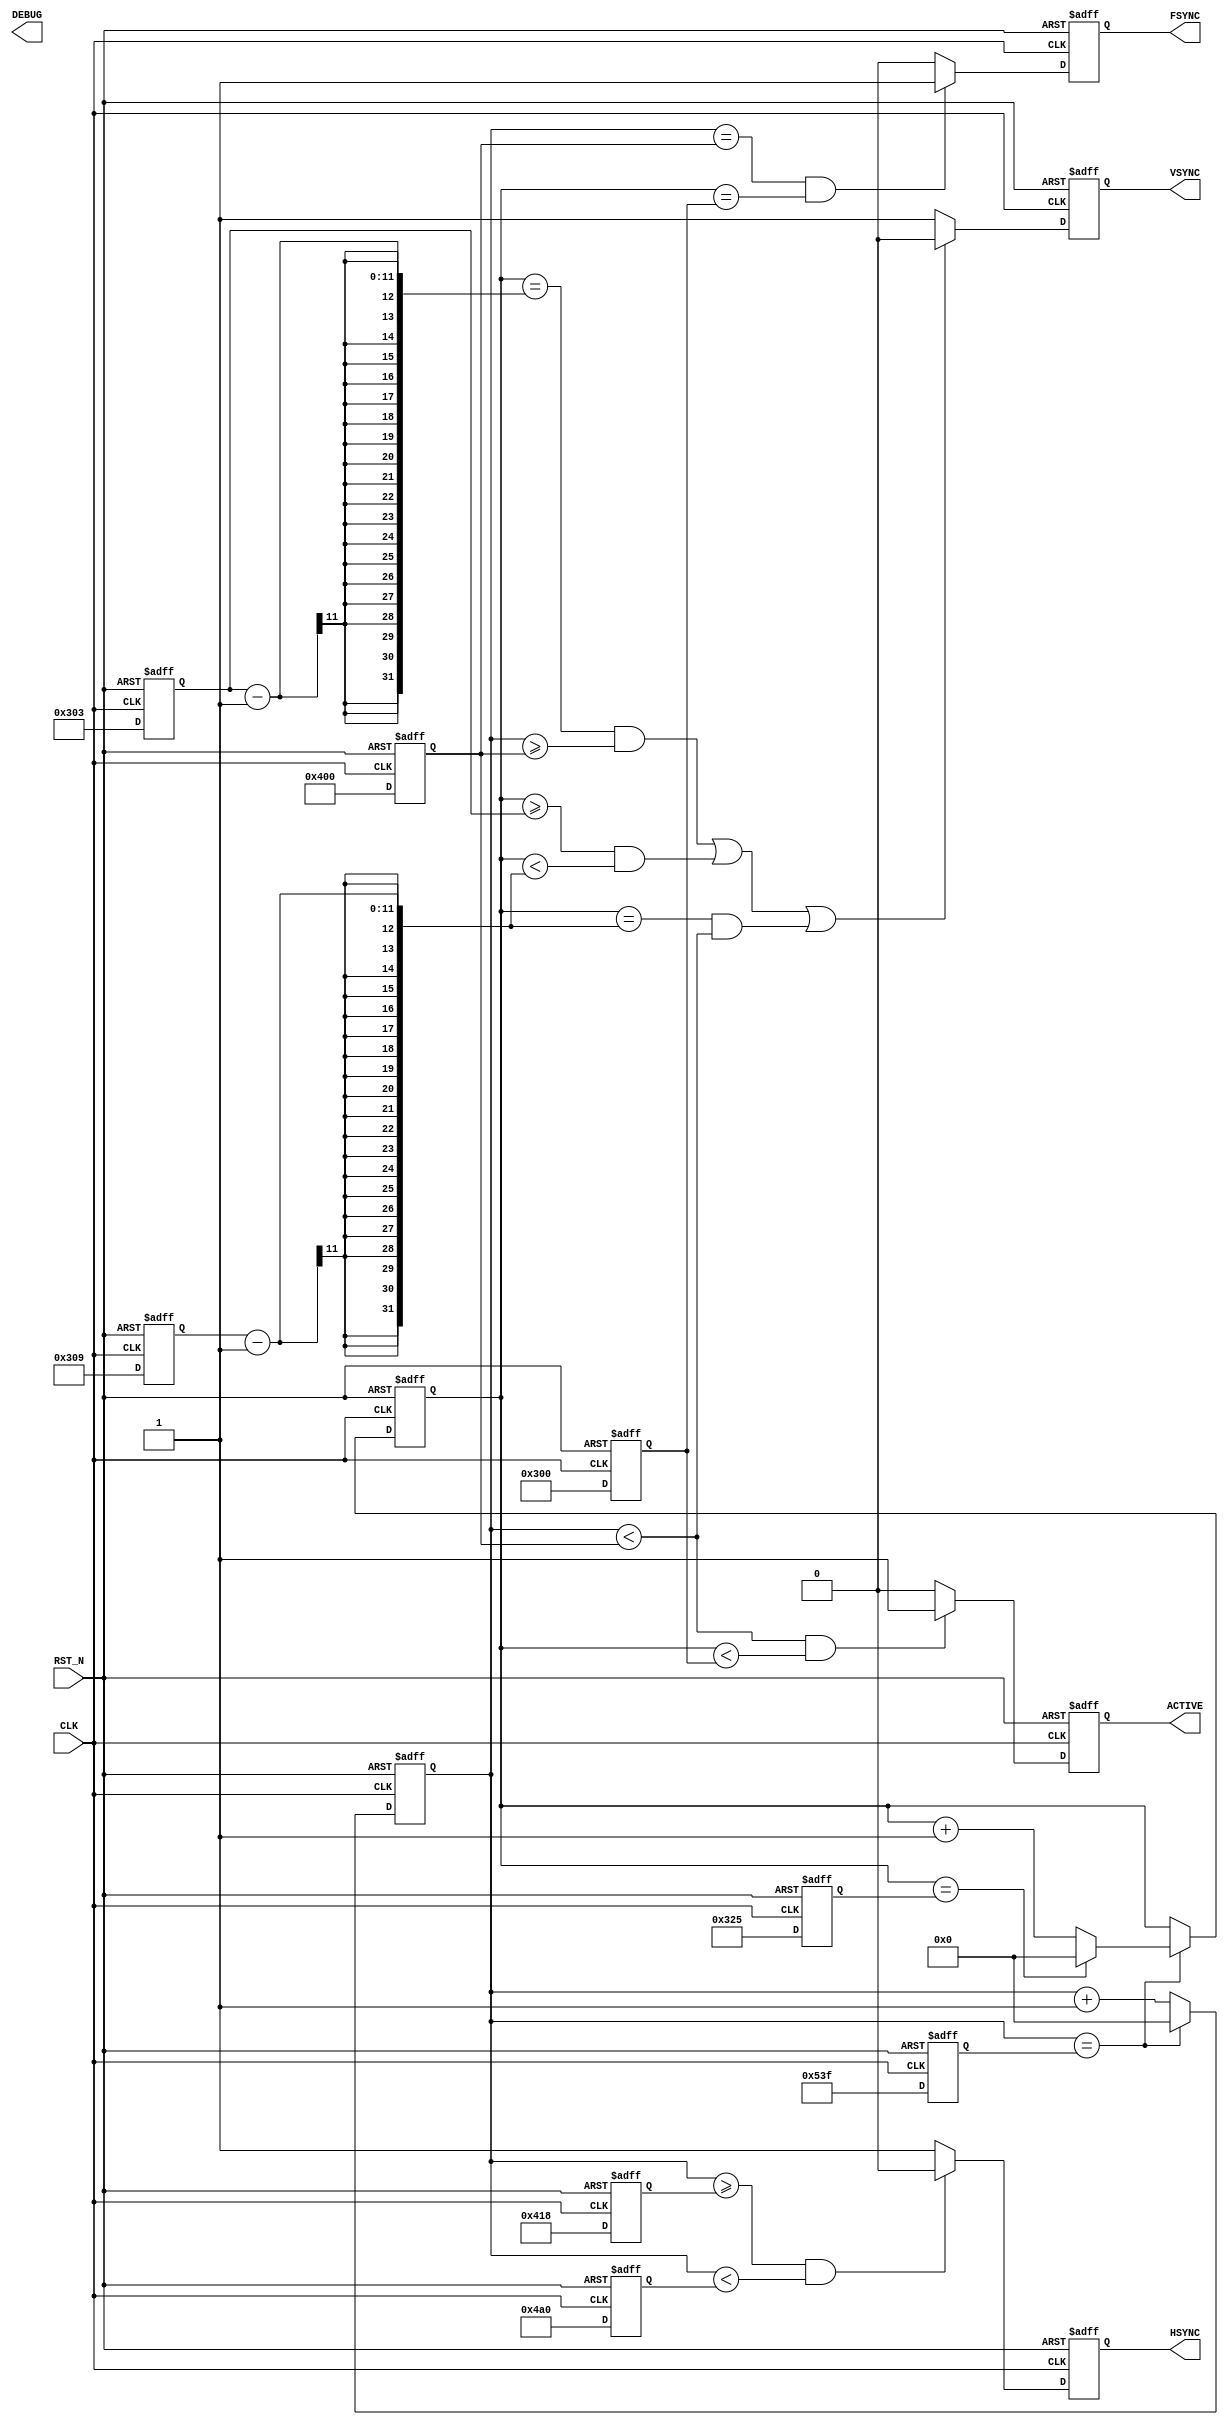
/*
 * Copyright (C)2014-2015 AQUAXIS TECHNOLOGY.
 *  Don't remove this header. 
 * When you use this source, there is a need to inherit this header.
 *
 * License
 *  For no commercial -
 *   License:     The Open Software License 3.0
 *   License URI: http://www.opensource.org/licenses/OSL-3.0
 *
 *  For commmercial -
 *   License:     AQUAXIS License 1.0
 *   License URI: http://www.aquaxis.com/licenses
 *
 * For further information please contact.
 *	URI:    http://www.aquaxis.com/
 */
module aq_sg(
  input RST_N,
  input CLK,

  output VSYNC,
  output HSYNC,
  output FSYNC,
  output ACTIVE,

  output [31:0] DEBUG
);

/* 1368x768@60Hz(85.478MHz) */
/*
localparam HSYNC_MAX    = 1792;
localparam HSYNC_ACTIVE = 1368;
localparam HSYNC_START  = 1424;
localparam HSYNC_END    = 1536;
localparam VSYNC_MAX    = 795;
localparam VSYNC_ACTIVE = 768;
localparam VSYNC_START  = 771;
localparam VSYNC_END    = 777;
localparam SYNC_REV     = 1;
*/

/* 1280x1024@60Hz(108MHz) */
/*
localparam HSYNC_MAX    = 1688;
localparam HSYNC_ACTIVE = 1280;
localparam HSYNC_START  = 1328;
localparam HSYNC_END    = 1440;
localparam VSYNC_MAX    = 1066;
localparam VSYNC_ACTIVE = 1024;
localparam VSYNC_START  = 1025;
localparam VSYNC_END    = 1028;
localparam SYNC_REV     = 1;
*/
/* 1024x768@60Hz(65/75MHz) */

localparam HSYNC_MAX    = 1344;   // 65MHz(60Hz)
//localparam HSYNC_MAX    = 1328;   // 75MHz(70Hz)
localparam HSYNC_ACTIVE = 1024;
localparam HSYNC_START  = 1048;
localparam HSYNC_END    = 1184;
localparam VSYNC_MAX    = 806;
localparam VSYNC_ACTIVE = 768;
localparam VSYNC_START  = 771;
localparam VSYNC_END    = 777;
localparam SYNC_REV     = 0;

/* 640x480@60Hz(25.175MHz) */
/*
localparam HSYNC_MAX    = 800;
localparam HSYNC_ACTIVE = 640;
localparam HSYNC_START  = 656;
localparam HSYNC_END    = 752;
localparam VSYNC_MAX    = 525;
localparam VSYNC_ACTIVE = 480;
localparam VSYNC_START  = 490;
localparam VSYNC_END    = 492;
localparam SYNC_REV     = 0;
*/

/* 800x600@60Hz(40MHz) */
/*
localparam HSYNC_MAX    = 1056;
localparam HSYNC_ACTIVE = 800;
localparam HSYNC_START  = 840;
localparam HSYNC_END    = 968;
localparam VSYNC_MAX    = 628;
localparam VSYNC_ACTIVE = 600;
localparam VSYNC_START  = 601;
localparam VSYNC_END    = 605;
localparam SYNC_REV     = 1;
*/

/* 800x600@72Hz(50MHz) */
/*
localparam HSYNC_MAX    = 1040;
localparam HSYNC_ACTIVE = 800;
localparam HSYNC_START  = 856;
localparam HSYNC_END    = 976;
localparam VSYNC_MAX    = 666;
localparam VSYNC_ACTIVE = 600;
localparam VSYNC_START  = 637;
localparam VSYNC_END    = 643;
localparam SYNC_REV     = 1;
*/

reg [10:0] reg_h, reg_v;
reg [10:0] reg_hsync_max, reg_hsync_active, reg_hsync_start, reg_hsync_end;
reg [10:0] reg_vsync_max, reg_vsync_active, reg_vsync_start, reg_vsync_end;
reg reg_hsync, reg_vsync,reg_fsync;
reg reg_active;

always @(posedge CLK or negedge RST_N) begin
  if(!RST_N) begin
    reg_h <= 0;
    reg_v <= 0;
    reg_hsync_max <= 0;
    reg_vsync_max <= 0;
    reg_hsync_active <= 0;
    reg_hsync_start  <= 0;
    reg_hsync_end    <= 0; 
    reg_vsync_active <= 0;
    reg_vsync_start  <= 0;
    reg_vsync_end    <= 0; 
    reg_hsync <= 0;
    reg_vsync <= 0;
    reg_fsync <= 0;
    reg_active <= 0;
  end else begin
    reg_hsync_max <= HSYNC_MAX -1;
    reg_vsync_max <= VSYNC_MAX -1;

    reg_hsync_active <= HSYNC_ACTIVE;
    reg_hsync_start  <= HSYNC_START;
    reg_hsync_end    <= HSYNC_END; 
    reg_vsync_active <= VSYNC_ACTIVE;
    reg_vsync_start  <= VSYNC_START;
    reg_vsync_end    <= VSYNC_END; 

    if(reg_h == reg_hsync_max ) begin
      reg_h <= 0;
      if(reg_v == reg_vsync_max ) begin
        reg_v <= 0;
      end else begin
        reg_v <= reg_v + 1;
      end
    end else begin
      reg_h <= reg_h + 1;
    end

    if((reg_h >= reg_hsync_start) && (reg_h < reg_hsync_end) ) begin
      reg_hsync <= 0;
    end else begin
      reg_hsync <= 1;
    end

    if( ((reg_v == (reg_vsync_start -1)) && (reg_h >= reg_hsync_active)) || 
        ((reg_v >= reg_vsync_start) && (reg_v < (reg_vsync_end -1))) ||
        ((reg_v == (reg_vsync_end -1)) && (reg_h < reg_hsync_active))
        ) begin
      reg_vsync <= 0;
    end else begin
      reg_vsync <= 1;
    end

    if((reg_h < reg_hsync_active) && (reg_v < reg_vsync_active) ) begin
      reg_active <= 1;
    end else begin
      reg_active <= 0;
    end
    
    if((reg_h == reg_hsync_active) && (reg_v == reg_vsync_active)) begin
      reg_fsync <= 1;
    end else begin
      reg_fsync <= 0;
    end
  end
end

assign HSYNC = (SYNC_REV)?~reg_hsync:reg_hsync;
assign VSYNC = (SYNC_REV)?~reg_vsync:reg_vsync;
assign FSYNC = reg_fsync;
assign ACTIVE = reg_active;

endmodule